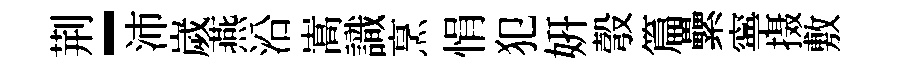
荆-沛嵗燕沿嵩識烹悁犯妍彀篇纍寧摄敷